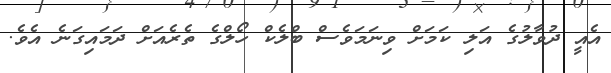
އެއީ ދުވާލުގެ އަލި ކަމަށް ވިނަމަވެސް ބްލެކް ހޯލްގެ ތެރެއަށް ދަމައިގަނެ އެވެ.